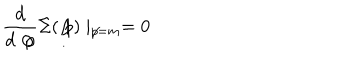
\frac { d } { d \not { p } } \Sigma ( \not { p } ) \mid _ { \not { p } = m } = 0